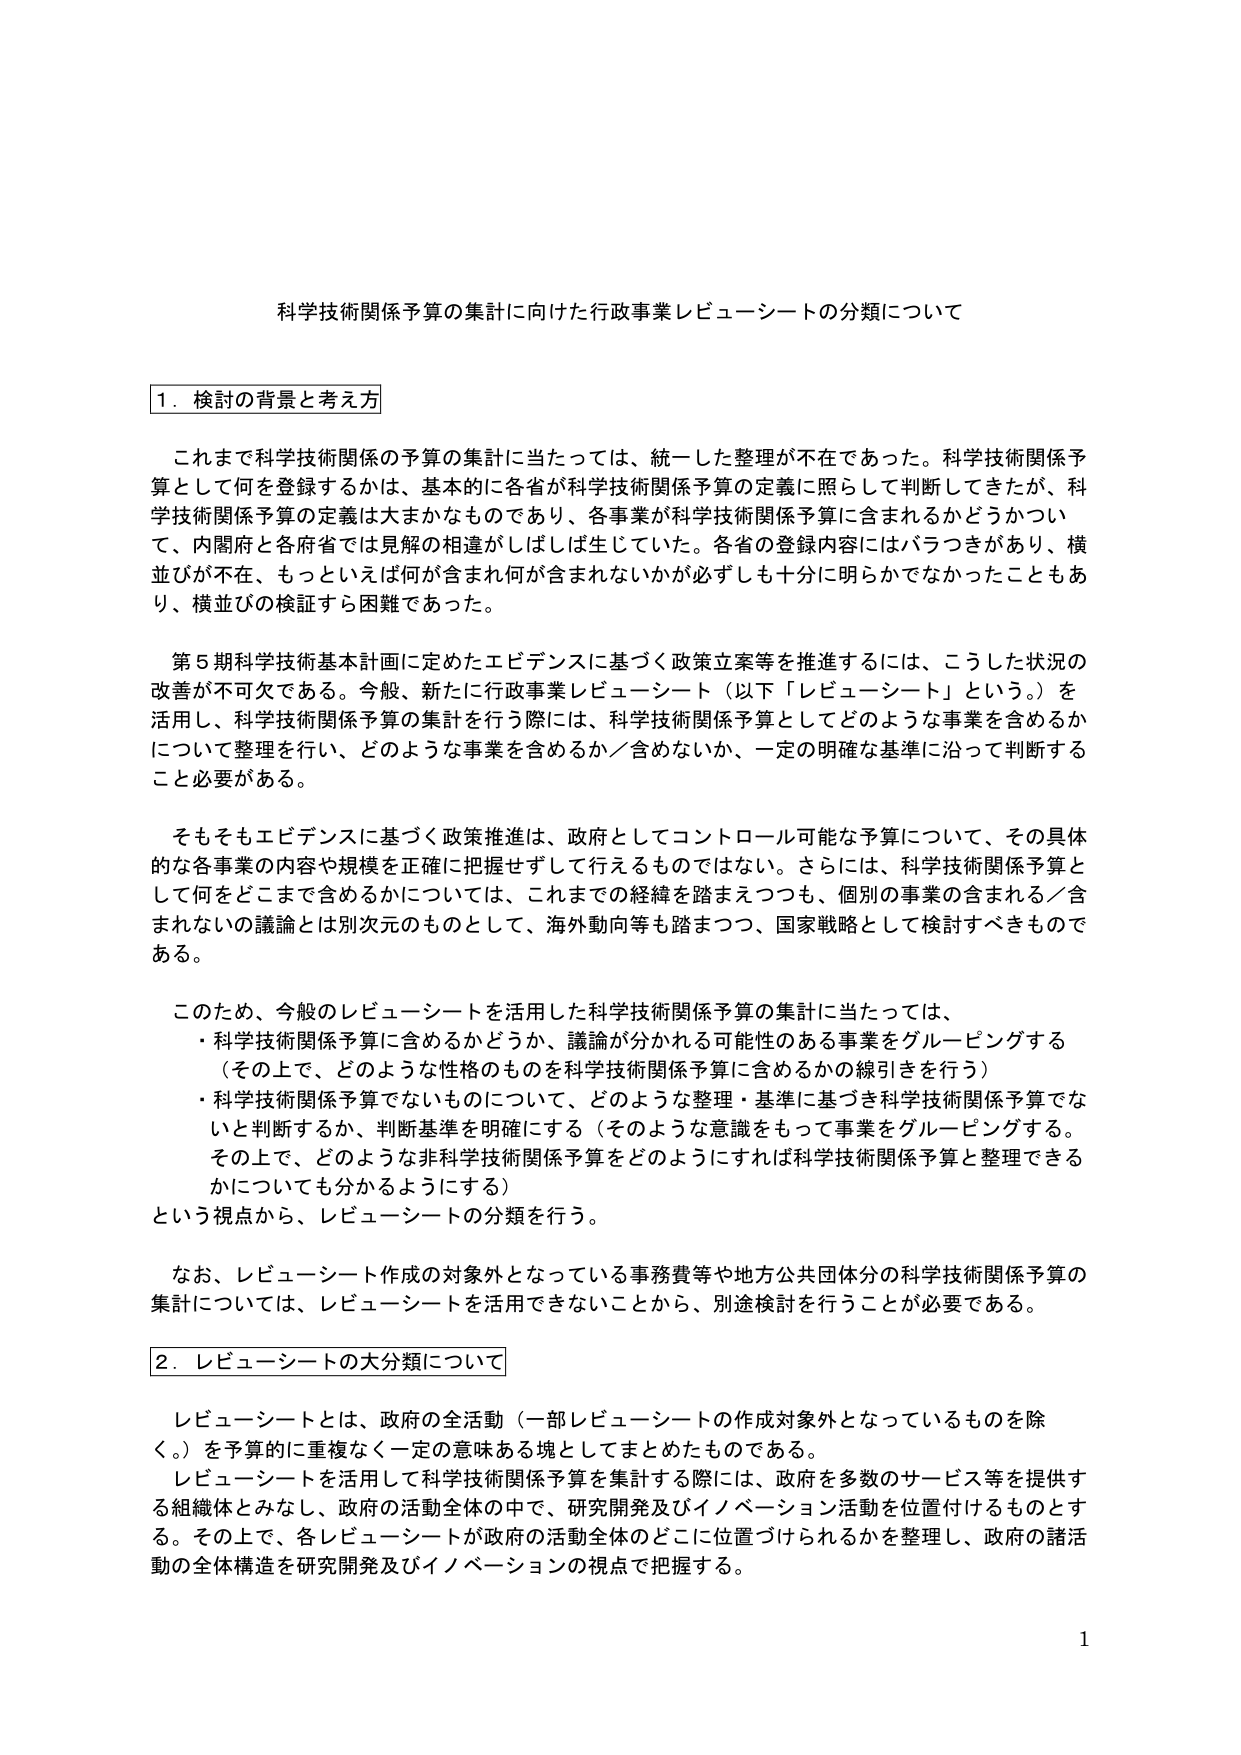
科学技術関係予算の集計に向けた行政事業レビュー・シートの分類について

1．検討の背景と考え方

これまで科学技術関係の予算の集計に当たっては、統一した整理が不在であった。科学技術関係予算として何を登録するかは、基本的に各省が科学技術関係予算の定義に照らして判断してきたが、科学技術関係予算の定義は大まかなものであり、各事業が科学技術関係予算に含まれるかどうかについて、内閣府と各府省では見解の相違がしばしば生じていた。各省の登録内容にはバラつきがあり、横並びが不在、もっといえば何が含まれ何が含まれないかが必ずしも十分に明らかでなかったこともあり、横並びの検証すら困難であった。

第5期科学技術基本計画に定めたエビデンスに基づく政策立案等を推進するには、こうした状況の改善が不可欠である。今般、新たに行政事業レビュー・シート（以下「レビュー・シート」という。）を活用し、科学技術関係予算の集計を行う際には、科学技術関係予算としてどのような事業を含めるかについて整理を行い、どのような事業を含めるか／含めないか、一定の明確な基準に沿って判断すること必要がある。

そもそもエビデンスに基づく政策推進は、政府としてコントロール可能な予算について、その具体的な各事業の内容や規模を正確に把握せずして行えるものではない。さらには、科学技術関係予算として何をどこまで含めるかについては、これまでの経緯を踏まえつつも、個別の事業の含まれる／含まれないの議論とは別次元のものとして、海外動向等も踏まえつつ、国家戦略として検討すべきものである。

このため、今般のレビュー・シートを活用した科学技術関係予算の集計に当たっては、
・科学技術関係予算に含めるかどうか、議論が分かれる可能性のある事業をグルーピングする（その上で、どのような性格のものを科学技術関係予算に含めるかの線引きを行う）
・科学技術関係予算でないものについて、どのような整理・基準に基づき科学技術関係予算でないと判断するか、判断基準を明確にする（そのような意識をもって事業をグルーピングする。その上で、どのような非科学技術関係予算をどのようにすれば科学技術関係予算と整理できるかについても分かるようにする）
という視点から、レビュー・シートの分類を行う。

なお、レビュー・シート作成の対象外となっている事務費等や地方公共団体分の科学技術関係予算の集計については、レビュー・シートを活用できないことから、別途検討を行うことが必要である。

2．レビュー・シートの大分類について

レビュー・シートとは、政府の全活動（一部レビュー・シートの作成対象外となっているものを除く。）を予算的に重複なく一定の意味ある塊としてまとめたものである。
レビュー・シートを活用して科学技術関係予算を集計する際には、政府を多数のサービス等を提供する組織体とみなし、政府の活動全体の中で、研究開発及びイノベーション活動を位置付けるものとする。その上で、各レビュー・シートが政府の活動全体のどこに位置づけられるかを整理し、政府の諸活動の全体構造を研究開発及びイノベーションの視点で把握する。

1